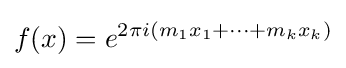
f(x)=e^{2\pi i(m_{1}x_{1}+\cdots +m_{k}x_{k})}